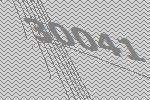
30041